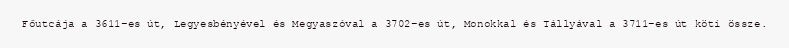
Főutcája a 3611-es út, Legyesbényével és Megyaszóval a 3702-es út, Monokkal és Tállyával a 3711-es út köti össze.